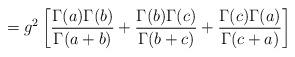
LaTeX: \begin{align*} = g^2 \left[\frac{\Gamma{(a)} \Gamma{(b)} }{\Gamma{(a+b)}} + \frac{\Gamma{(b)}\Gamma{(c)}}{\Gamma{(b+c)}} + \frac{\Gamma{(c)}\Gamma{(a)}}{\Gamma{(c+a)}}\right]\end{align*}